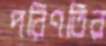
পরিণতির